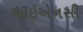
આઇએનસી